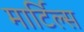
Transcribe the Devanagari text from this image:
मार्टिल्स